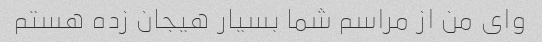
وای من از مراسم شما بسیار هیجان زده هستم